Report on vaccination in the Province of Bengal - 1869-1873
Year: 1869
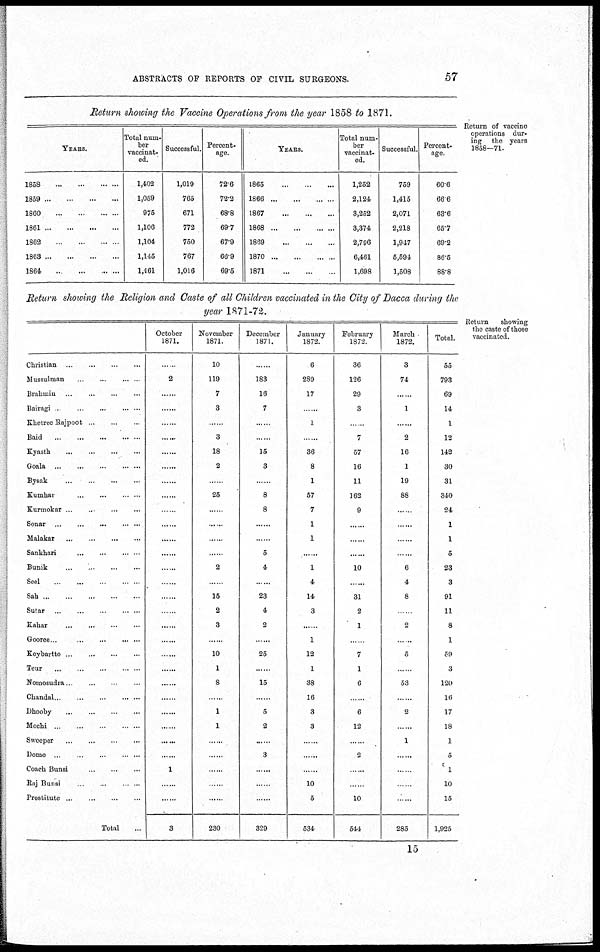
ABSTRACTS OF REPORTS OF CIVIL SURGEONS.
57
Return of vaccine
operations dur-
ing the years
1858—71.
Return showing the Vaccine Operations from the year 1858 to 1871.
YEARS.
1858
...
...
...
...
1859
...
...
...
...
1860
...
...
...
...
1861
...
...
...
...
1862
...
...
...
...
1863
...
...
...
...
1864
...
...
...
...
Total num-
ber
vaccinat-
ed.
1,402
1,059
976
1,106
1,104
1,145
1,461
Successful.
1,019
765
671
772
750
767
1,016
Percent-
age.
72.6
72.2
68.8
69.7
67.9
66.9
69.5
YEARS.
1865
...
...
...
1866
...
...
...
1867 ... ... ...
1868
...
...
...
...
1869
...
...
...
...
1870
...
...
...
...
1871
...
...
...
...
Total num-
ber
vaccinat-
ed.
1,252
2,124
3,252
3,374
2,796
6,461
1,698
Successful.
759
1,415
2,071
2,218
1,947
5,594
1,508
Percent-
age.
60.6
66.6
63.6
65.7
69.2
86.5
88.8
Return shotting the Religion and Caste of all Children vaccinated in the City of Dacca during the
year 1871-72.
Return showing
the caste of those
vaccinated.
Christian
...
...
...
...
Mussulman
...
...
...
...
Brahmin
...
...
...
...
Bairagi
...
...
...
...
...
Khetree Rajpoot ... ... ...
Baid
...
...
...
...
...
Kyasth
...
...
...
...
Goala
...
...
...
...
...
Bysak ... ... ... ...
Kumhar
...
...
...
...
...
Kurmokar
...
...
...
...
Sonar
...
...
...
...
...
Malakar
...
...
...
...
Sankhari
...
...
...
...
Bunik
...
...
...
...
Seel
...
...
...
...
...
Sah
...
...
...
...
...
Sutar ... ... ... ... ...
Kahar ... ... ... ...
Gooree
...
...
...
...
...
Koybartto
...
...
...
...
Teur
...
...
...
...
...
Nomosudra
...
...
...
...
Chandal
...
...
...
...
...
Dhooby
...
...
...
...
Mochi
...
...
...
...
...
Sweeper
...
...
...
...
Dome
...
...
...
...
...
Coach Bunsi
...
...
...
Raj Bunsi
...
...
...
...
Prostitute ... ... ... ...
Total ...
October
1871.
......
2
......
......
......
......
......
......
......
......
......
......
......
......
.
......
......
......
......
......
......
......
......
......
......
......
......
1
......
......
3
November
1871.
10
119
7
3
......
3
18
2
......
25
......
.
......
......
2
......
15
2
3
......
10
1
8
......
1
1
......
......
......
......
......
230
December
1871.
......
183
16
7
......
......
15
3
......
8
8
......
......
5
4
......
23
4
2
.
25
......
15
......
5
2
......
3
......
......
......
329
January
1872.
6
289
17
......
1
......
36
8
1
57
7
1
1
1
4
14
3
......
1
12
1
38
16
3
3
......
......
......
10
5
534
February
1872.
36
126
29
3
......
7
57
16
11
162
9
......
......
......
10
......
31
2
1
......
7
1
6
......
6
12
......
2
......
.
10
544
March
1872.
3
74
......
1
......
2
16
1
19
88
......
......
.....
6
4
8
......
2
......
5
......
53
......
2
......
1
......
......
......
......
285
Total.
55
793
69
14
1
12
142
30
31
340
24
1
1
5
23
3
91
11
8
1
59
3
120
16
17
18
1
5
1
10
15
1,925
15